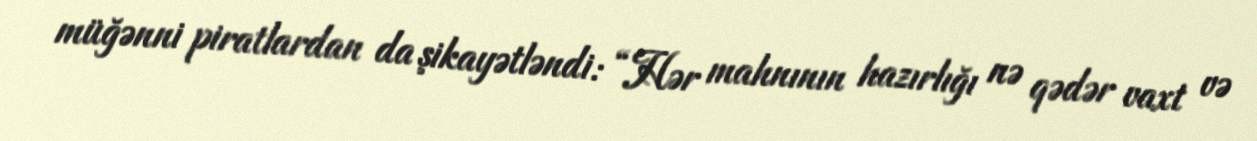
müğənni piratlardan da şikayətləndi: “Hər mahnının hazırlığı nə qədər vaxt və